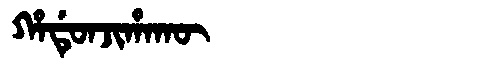
Manchu: ᡥᠠᡩᡠᠨᠵᡳᡥᠠᡴᡡ
Romanization: HADUNJIHAKŪ